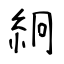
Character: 絅